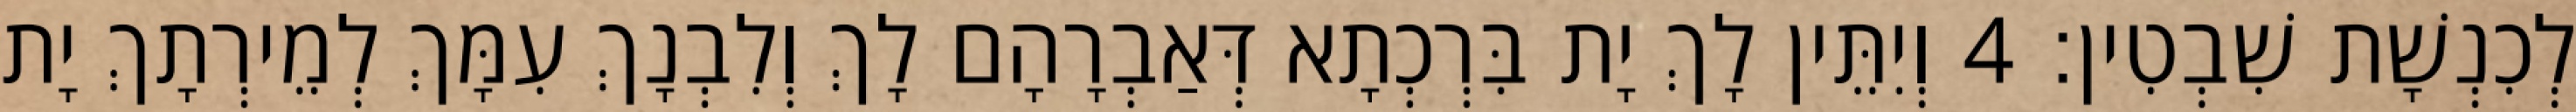
לְכִנְשָׁת שִׁבְטִין׃ 4 וְיִתֵּין לָךְ יָת בִּרְכְתָא דְּאַבְרָהָם לָךְ וְלִבְנָךְ עִמָּךְ לְמֵירְתָךְ יָת